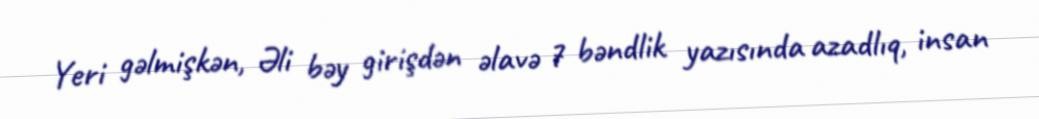
Yeri gəlmişkən, Əli bəy girişdən əlavə 7 bəndlik yazısında azadlıq, insan